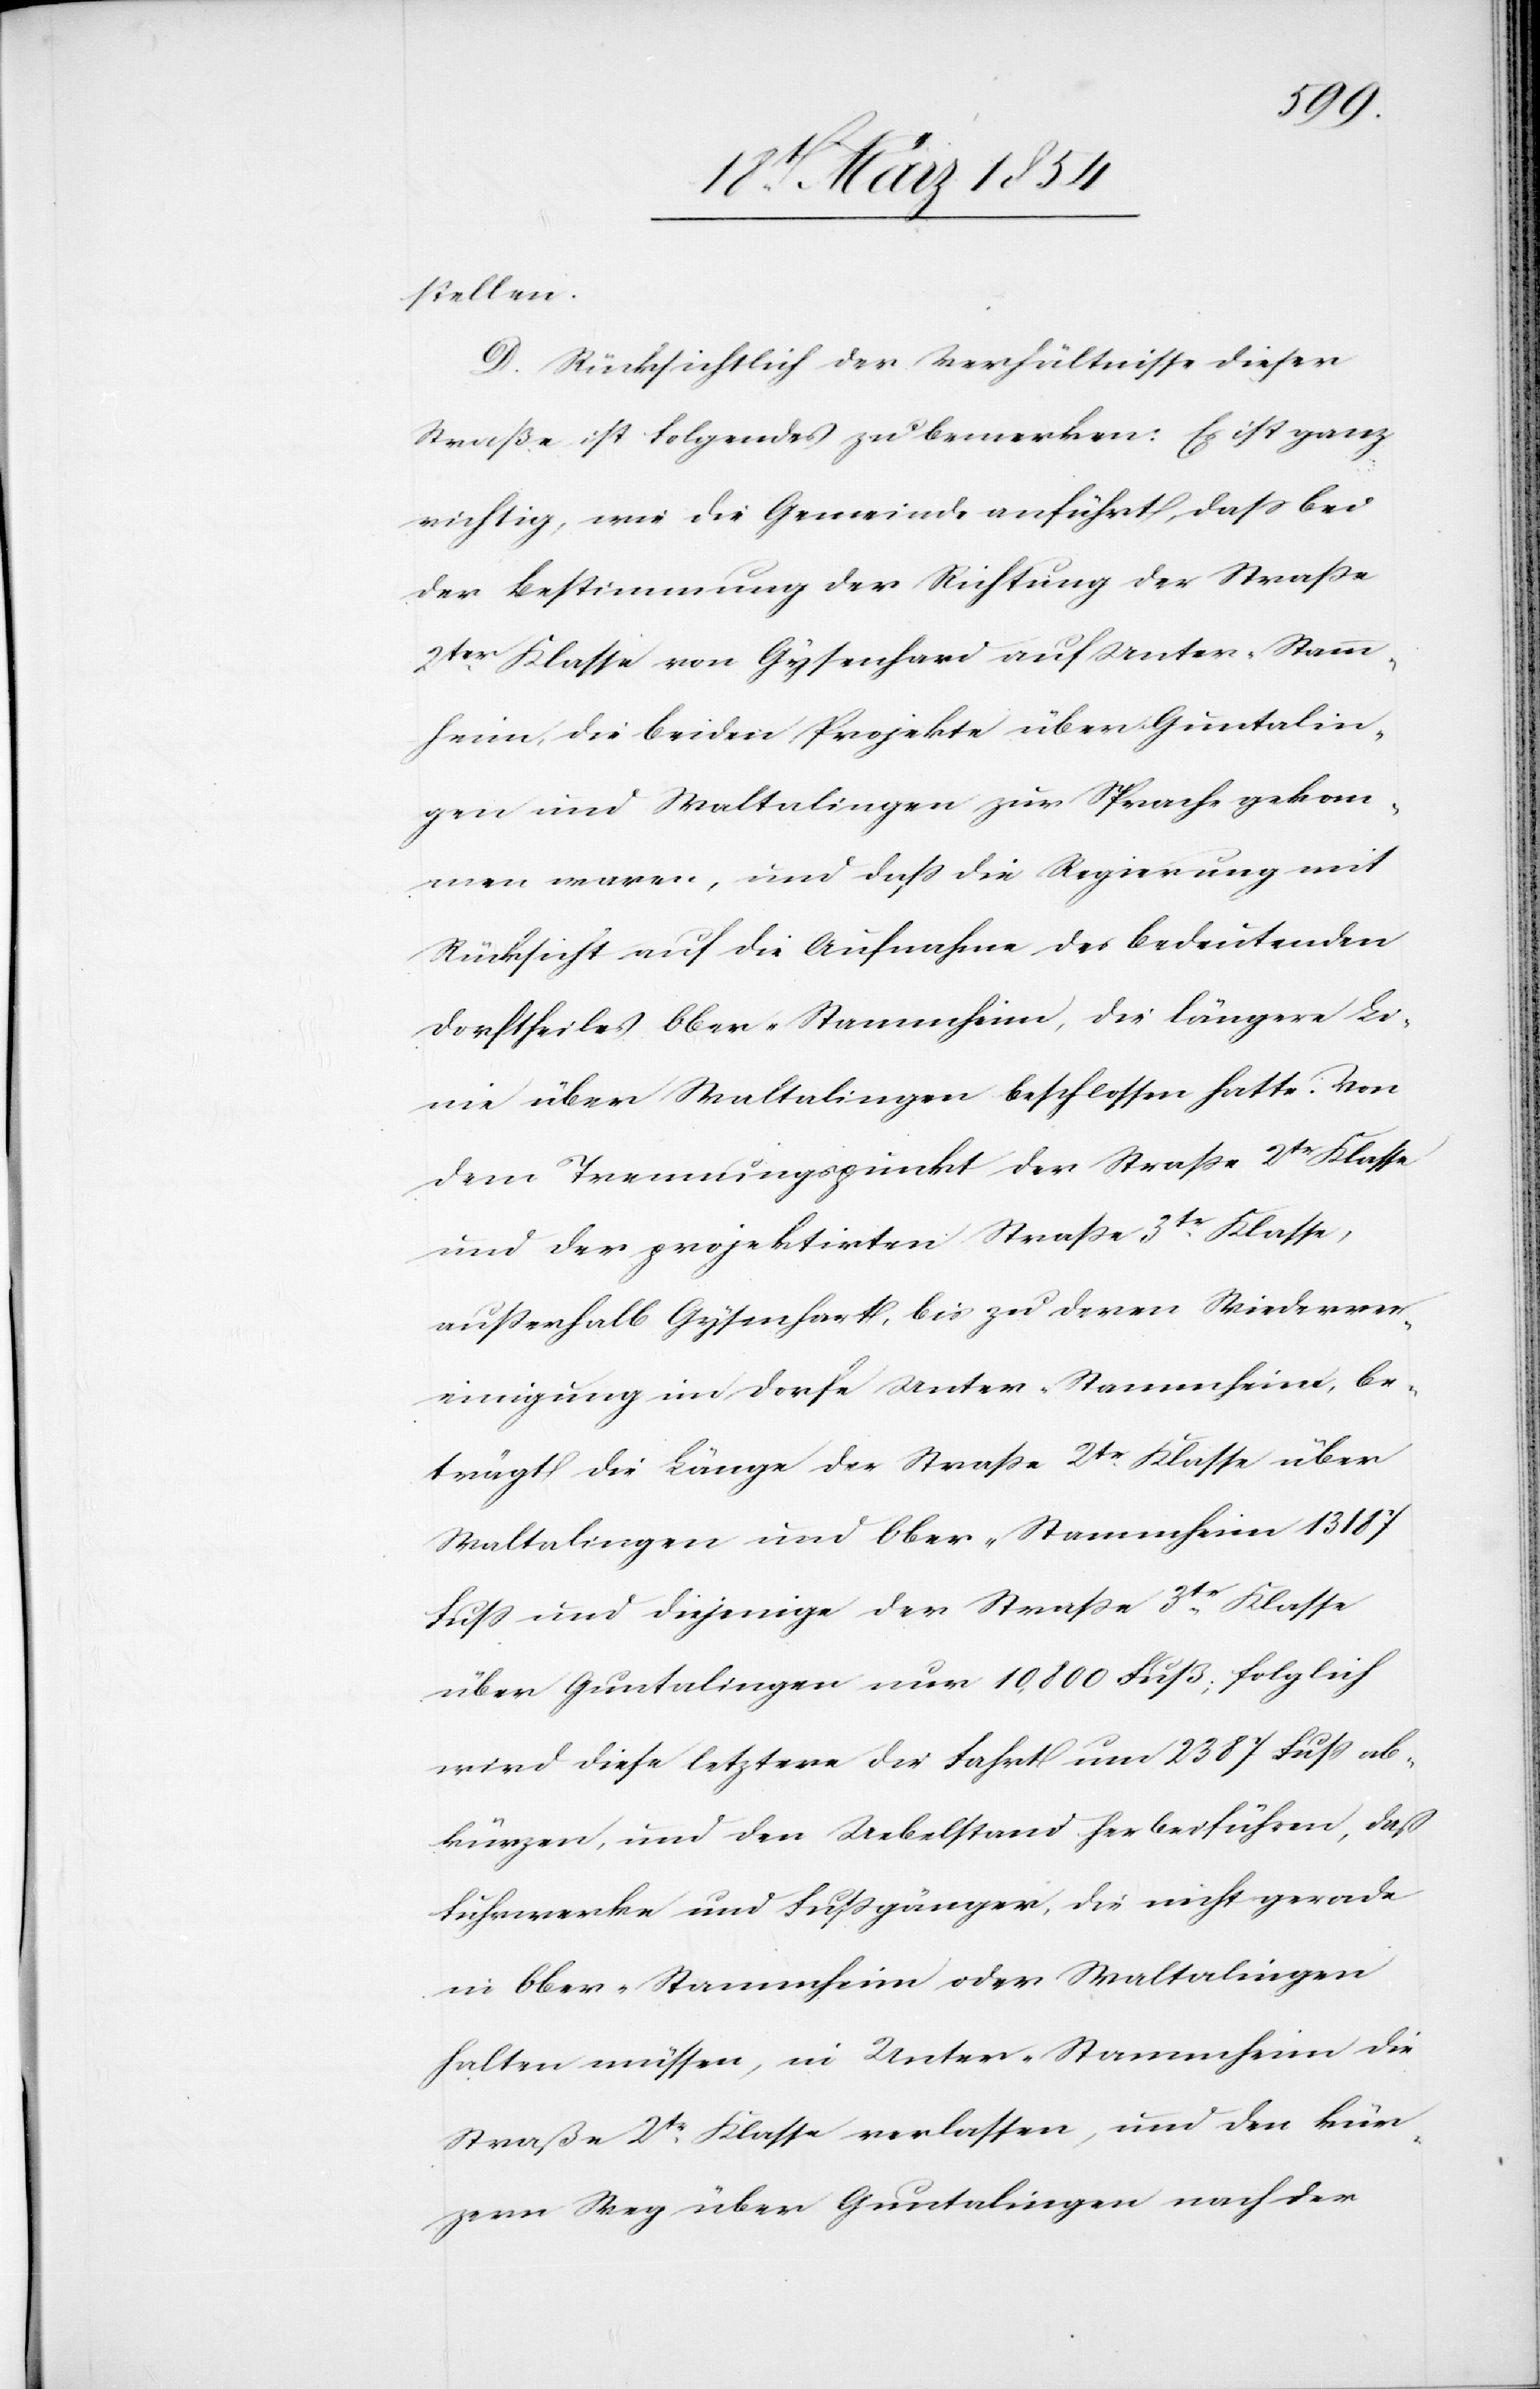
stellen.
D. Rücksichtlich der Verhältnisse dieser
Straße ist Folgendes zu bemerken: Es ist ganz
richtig, wie die Gemeinde anführt, daß bei
der Bestimmung der Richtung der Straße
2ter Klasse von Gysenhard auf Unter-Stamm¬
heim, die beiden Projekte über Guntalin¬
gen und Waltalingen zur Sprache gekom¬
men waren, und daß die Regierung mit
Rücksicht auf die Aufnahme des bedeutenden
Dorftheiles Ober-Stammheim, die längere Li¬
nie über Waltalingen beschlossen hatte. Von
dem Trennungspunkt der Straße 2tr Klasse
und der projektirten Straße 3tr Klasse,
außerhalb Gysenhard, bis zu deren Wiederver¬
einigung im Dorfe Unter-Stammheim, be¬
trägt die Länge der Straße 2tr Klasse über
Waltalingen und Ober-Stammheim 13 187
Fuß und diejenige der Straße 3tr Klasse
über Guntalingen nur 10,800 Fuß; folglich
wird diese letztere die Fahrt um 2387 Fuß ab¬
kürzen, und den Uebelstand herbeiführen, daß
Fuhrwerke und Fußgänger, die nicht gerade
in Ober-Stammheim oder Waltalingen
halten müssen, in Unter-Stammheim die
Straße 2tr Klasse verlassen, und den kür¬
zern Weg über Guntalingen nach der